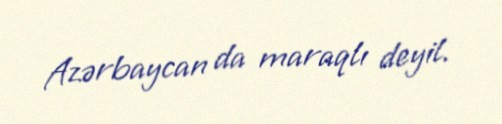
Azərbaycan da maraqlı deyil.